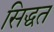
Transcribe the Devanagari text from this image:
सिद्धत